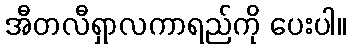
အီတလီရှာလကာရည်ကို ပေးပါ။